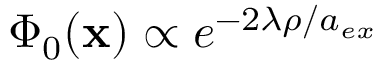
\Phi _ { 0 } ( { \bf x } ) \propto e ^ { - 2 \lambda \rho / a _ { e x } }